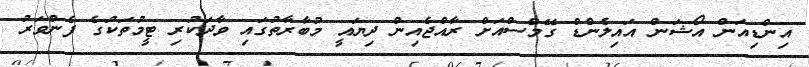
އިންޑިއަން އޯޝަން އައިލެންޑް ގޭމްސްއަށް ރާއްޖެއިން ދިޔައީ މުބާރާތުގައި ވާދަކުރި ޓީމުތަކުގެ ފެންވަރު